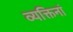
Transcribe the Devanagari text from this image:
व्यक्तिनां